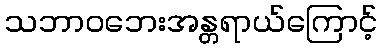
သဘာဝဘေးအန္တရာယ်ကြောင့်